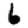
Digit: 6